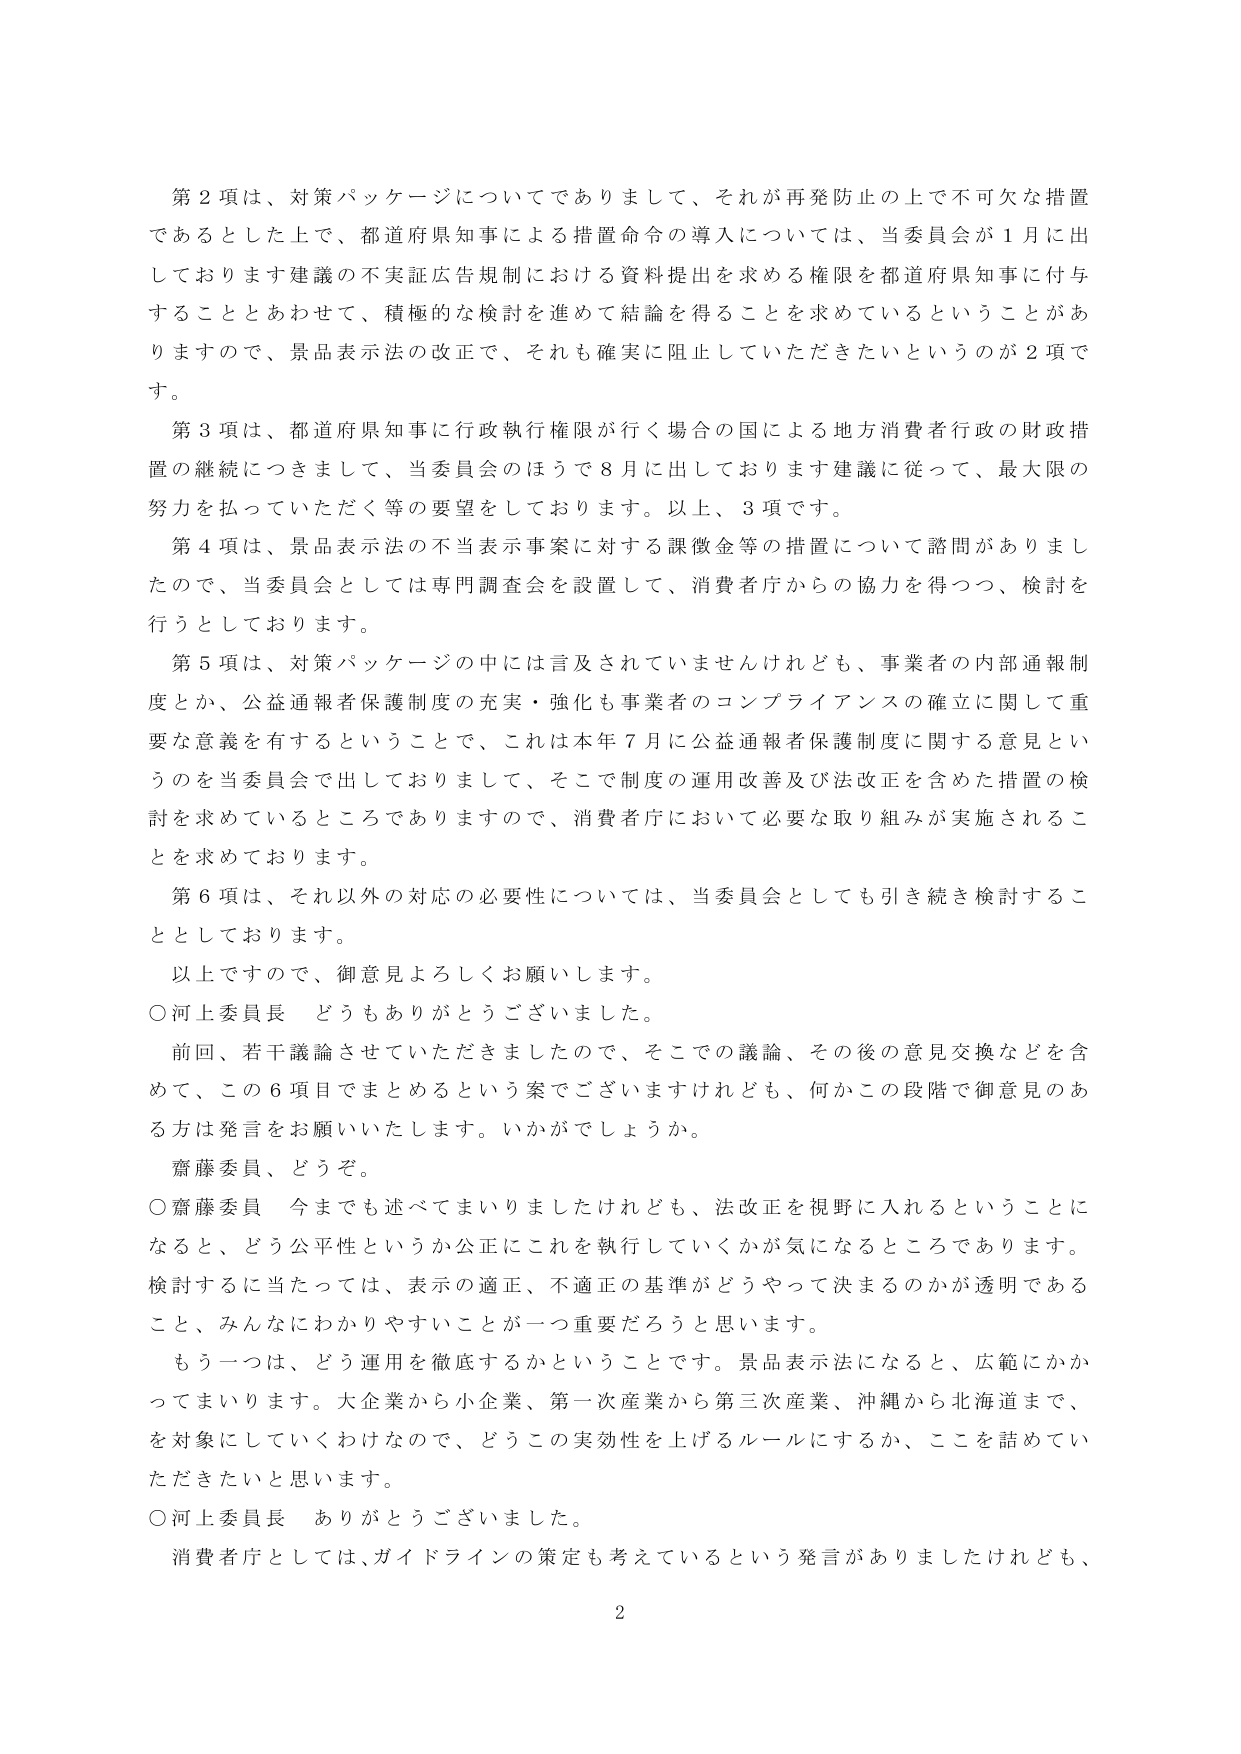
第２項は、対策パッケージについてでありますして、それが再発防止の上で不可欠な措置であるとした上で、都道府県知事による措置命令の導入については、当委員会が１月に出しております建議の不実証広告規制における資料提出を求める権限を都道府県知事に付与することとあわせて、積極的な検討を進めて結論を得ることを求めてているということがありますので、景品表示法の改正で、それも確実に阻止していただきたいというのが２項です。

第３項は、都道府県知事に行政執行権限が行く場合の国による地方消費者行政の財政措置の継続につきまして、当委員会のほうで８月に出しております建議に従って、最大限の努力を払っていただく等の要望をしております。以上、３項です。

第４項は、景品表示法の不当表示事案に対する課徴金等の措置について諮問がありましたので、当委員会としては専門調査会を設置して、消費者庁からの協力を得つつ、検討を行うとしております。

第５項は、対策パッケージの中には言及されていませんけれども、事業者の内部通報制度とか、公益通報者保護制度の充実・強化も事業者のコンプライアンスの確立に関して重要な意義を有するということで、これは本年７月に公益通報者保護制度に関する意見というのを当委員会で出しておりまして、そこで制度の運用改善及び法改正を含めた措置の検討を求めているところでありますので、消費者庁において必要な取り組みが実施されることを求めております。

第６項は、それ以外の対応の必要性については、当委員会としても引き続き検討することとしております。

以上ですので、御意見よろしくお願いします。

○河上委員長　どうもありがとうございました。

前回、若干議論させていただきましたので、そこでの議論、その後の意見交換などを含めて、この６項目でまとめるという案でございますけれども、何かこの段階で御意見のある方は発言をお願いいたします。いかがでしょうか。

齋藤委員、どうぞ。

○齋藤委員　今までも述べてまいりましたけれども、法改正を視野に入れるということになると、どう公平性というか公正にこれを執行していくかが気になるところであります。検討するに当たっては、表示の適正、不適正の基準がどうやって決まるのかが透明であること、みんなにわかりやすいことが一つ重要だろうと思います。

もう一つは、どう運用を徹底するかということです。景品表示法になると、広範にかかってまいります。大企業から小企業、第一次産業から第三次産業、沖縄から北海道まで、を対象にしていくわけなので、どうこの実効性を上げるルールにするか、ここを話めていただきたいと思います。

○河上委員長　ありがとうございました。

消費者庁としては、ガイドラインの策定も考えているという発言がありましたけれども、